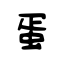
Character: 蛋